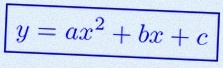
y=ax^2+bx+c